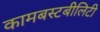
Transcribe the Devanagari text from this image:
कामबस्टबीलिटी